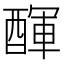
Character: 𨡫